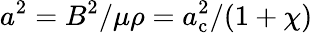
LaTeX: a^{2}=B^{2}/\mu\rho=a_{\mathrm{c}}^{2}/(1+\chi)